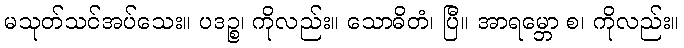
မသုတ်သင်အပ်သေး။ ပဒဉ္စ၊ ကိုလည်း။ သောဓိတံ၊ ပြီ။ အာရမ္ဘော စ၊ ကိုလည်း။